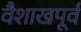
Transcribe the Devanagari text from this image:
वैशाखपूर्व